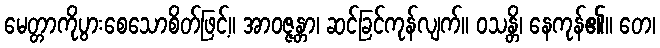
မေတ္တာကိုပွားစေသောစိတ်ဖြင့်။ အာဝဇ္ဇန္တာ၊ ဆင်ခြင်ကုန်လျက်။ ဝသန္တိ၊ နေကုန်၏။ တေ၊